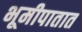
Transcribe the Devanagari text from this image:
भूमीपातात